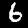
Label: 6